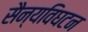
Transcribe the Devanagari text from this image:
सैन्यविघटन